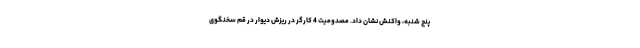
پنج شنبه، واکنش نشان داد. مصدومیت 4 کارگر در ریزش دیوار در قم سخنگوی